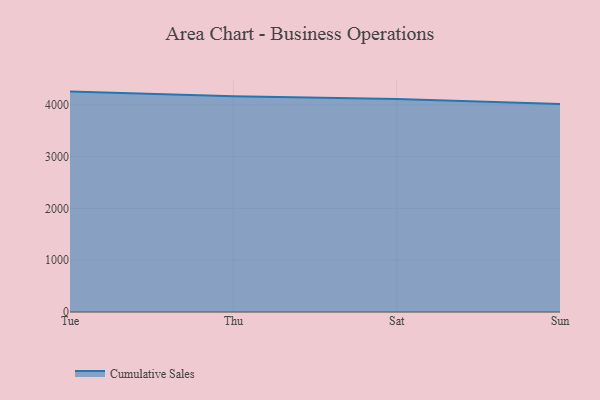
{"axis": {"x": "Day", "y": "Page Views"}, "legend": ["Cumulative Sales"], "data": [{"x": "Tue", "y": 4257.1, "type": "Cumulative Sales"}, {"x": "Thu", "y": 4168.0, "type": "Cumulative Sales"}, {"x": "Sat", "y": 4112.2, "type": "Cumulative Sales"}, {"x": "Sun", "y": 4018.1, "type": "Cumulative Sales"}]}